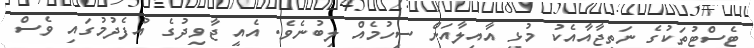
ޓެސްޓުތަކުގެ ނަތީޖާއާއެކު މުޅި އާއިލާއަށް ސިހުމެއް ލިބުނެވެ. އެއީ ޖާވިދުގެ އުފެދުމުގައި ވެސް